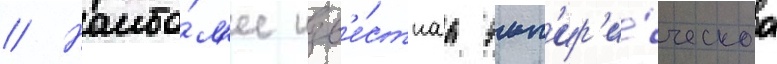
// Наибо́л'ее изв'е́стнаа эмп'ир'и́ческаа